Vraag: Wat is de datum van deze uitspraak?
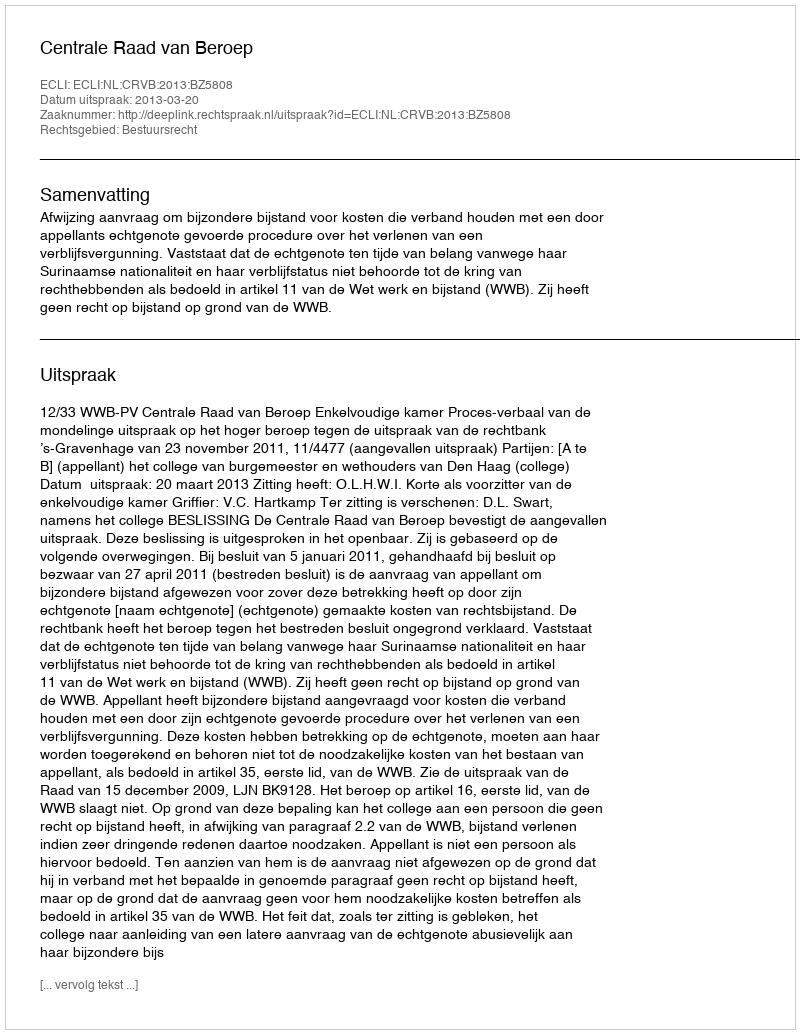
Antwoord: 2013-03-20